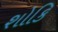
શોકિ